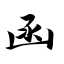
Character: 函